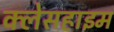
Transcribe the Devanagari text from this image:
क्लेसहाइम